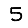
Digit: 5